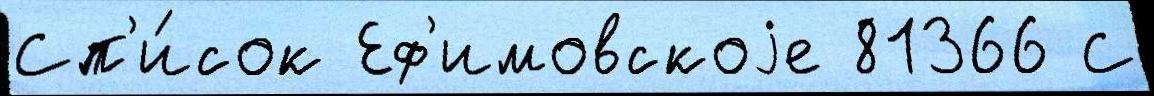
Сп'и́сок Еф'имовскоjе 81366 С